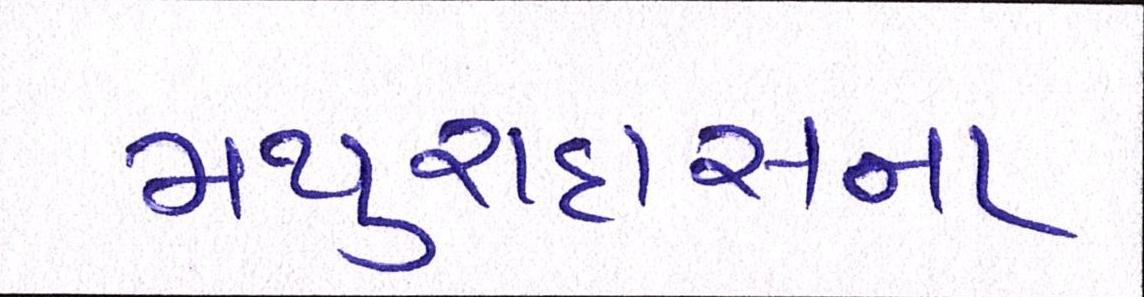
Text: મથુરાદાસના